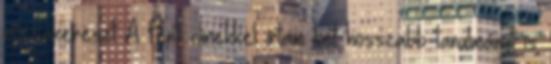
rózsakereszt A fenti címekkel írtam két hosszabb tanulmányt is